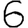
Digit: 6